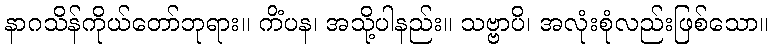
နာဂသိန်ကိုယ်တော်ဘုရား။ ကိံပန၊ အသို့ပါနည်း။ သဗ္ဗာပိ၊ အလုံးစုံလည်းဖြစ်သော။